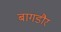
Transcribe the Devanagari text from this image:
बागडौर